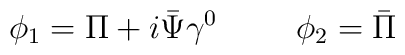
\phi_1=\Pi+i\bar{\Psi}\gamma^0 \hspace{1cm} \phi_2= \bar{\Pi}